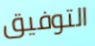
التوفيق